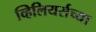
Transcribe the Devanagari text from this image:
व्हिलियर्सच्या